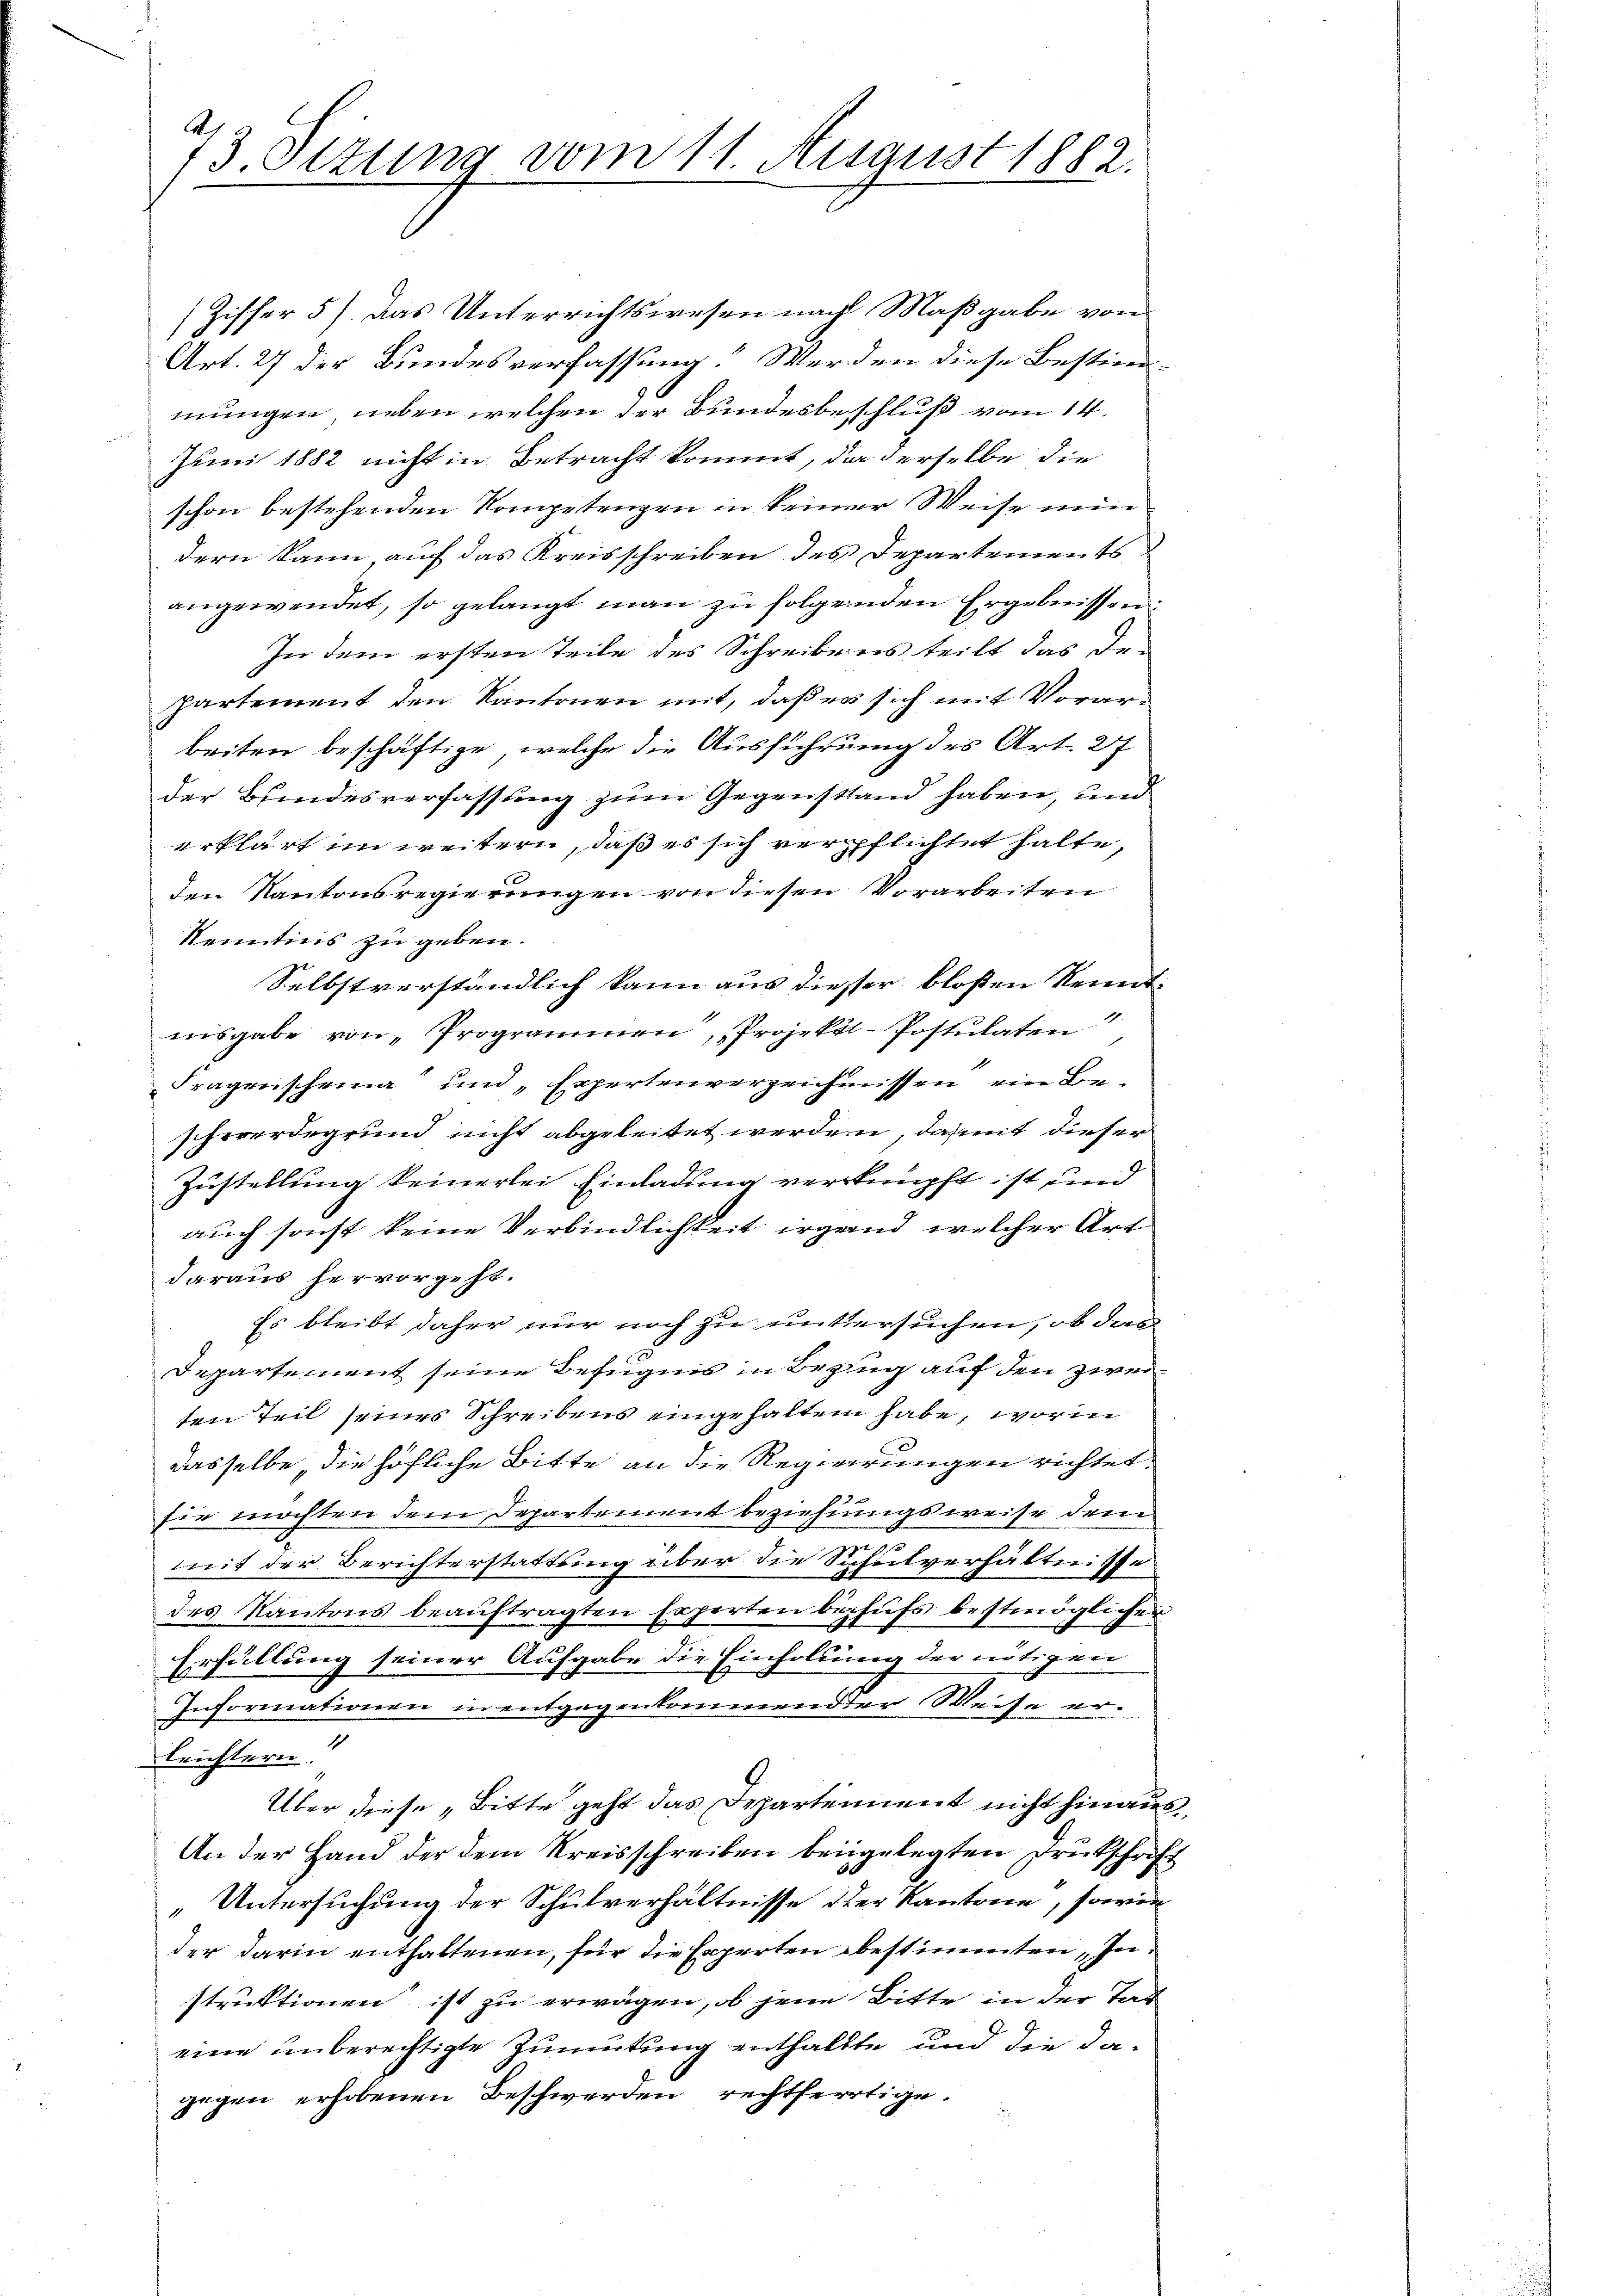
(Ziffer 5) das Unterrichtswesen nach Maßgabe von
Art. 27 der Bundesverfassung. Werden diese Bestim-
mungen, neben welchen der Bundesbeschluß vom 14.
Juni 1882 nicht in Betracht kommt, da derselbe die
schon bestehenden Kompetenzen in keiner Weise nun
dern kann auf das Kreisschreiben des Departements
angewendet, so gelangt man zu folgenden Ergebnissen:
In dem ersten Teile des Schreibens teilt das De-
partement den Kantonen mit, daß er sich mit Vorarbeiten beschäftige, welche die Ausführung des Art. 27
der Bundesverfassung zum Gegensstand haben, und
erklärt im weitern, daß es sich verpflichtet halte,
den Kantonsregierungen von diesen Vorarbeiten
Kenntnis zu geben.
Selbstverständlich kann aus diesser bloßen Kennt¬
1.
nisgabe von „Programmen, Projektl-Postulaten
Fragenscheina“ und „Expertenverzeichnissen, eine Beschwerdegrund nicht abgeleitet werden, daß mit dieser
Zustellung keinerlei Einladung verknüpft ist, und
auch sonst keine Verbindlichkeit irgend welcher Art
daraus hervorgeht.
Es bleibt daher nur noch zu untersuchen, ob das
Departement seine Befugnis in Bezug auf den zwei
ten Teil seines Schreibens eingehalten habe, worin
dasselbe, die höfliche Bitte an die Regierungen richtet.
für möchten dem Departement beziehungsweise dem
mmit der Berichterstattung über die Schulverhältnisse
des Kantons beaŭftragten Experten behŭfs bestmöglicher
Erfüllung seiner Aufgabe die Einholung der nötigen
Informationen in entgegenkommender Weise erleichtern.
Über diese „Bitte geht das Departement nicht hinaus,
An der Hand der dem Kreisschreiben beigelegten Drukschrift
„Untersuchung der Schulverhältnisse der Kantone, sowie
der darin enthaltenen, für die Experten bestimmten Instruktionen ist zu erwägen, ob jene Bitte in der Tag
eine unberechtigte Zumutung enthaltte und die dagegen erhobenen Beschwerden rechtfertige.

73. Ottum vom 11. August 1882.